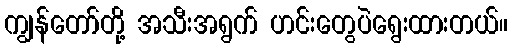
ကျွန်တော်တို့ အသီးအရွက် ဟင်းတွေပဲရွေးထားတယ်။